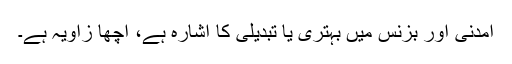
آمدنی اور بزنس میں بہتری یا تبدیلی کا اشارہ ہے، اچھا زاویہ ہے۔